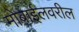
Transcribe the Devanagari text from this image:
मोबाईलवरील